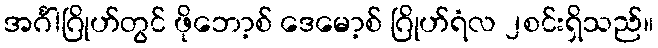
အင်္ဂါဂြိုဟ်တွင် ဖိုဘော့စ် ဒေမော့စ် ဂြိုဟ်ရံလ ၂စင်းရှိသည်။